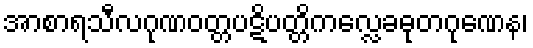
အာစာရသီလဂုဏဝတ္တပဋိပတ္တိကလ္လေခဓုတဂုဏေန၊